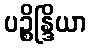
ပဉ္စိန္ဒြိယာ